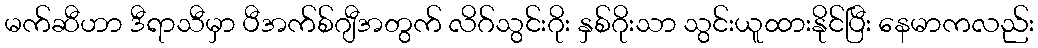
မက်ဆီဟာ ဒီရာသီမှာ ပီအက်စ်ဂျီအတွက် လိဂ်သွင်းဂိုး နှစ်ဂိုးသာ သွင်းယူထားနိုင်ပြီး နေမာကလည်း